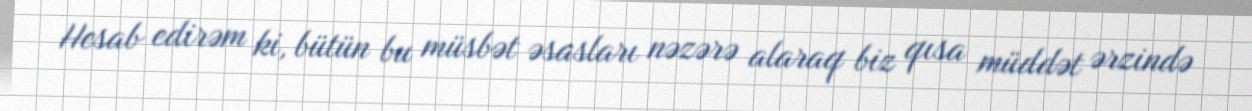
Hesab edirəm ki, bütün bu müsbət əsasları nəzərə alaraq biz qısa müddət ərzində